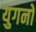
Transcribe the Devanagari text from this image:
युगनो